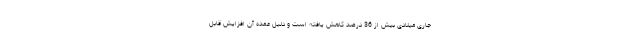
جاری میلادی بیش از 36 درصد کاهش یافته است و دلیل عمده آن افزایش قابل